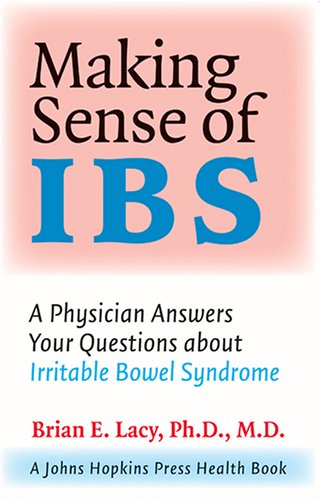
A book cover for Making Sense of IBS: A Physician Answers Your Questions about Irritable Bowel Syndrome (A Johns Hopkins Press Health Book); Brian E. Lacy; Health, Fitness & Dieting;